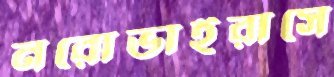
নরোভাইরাসে